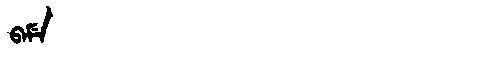
Manchu: ᠪᠠᠮᡝ
Romanization: BAME